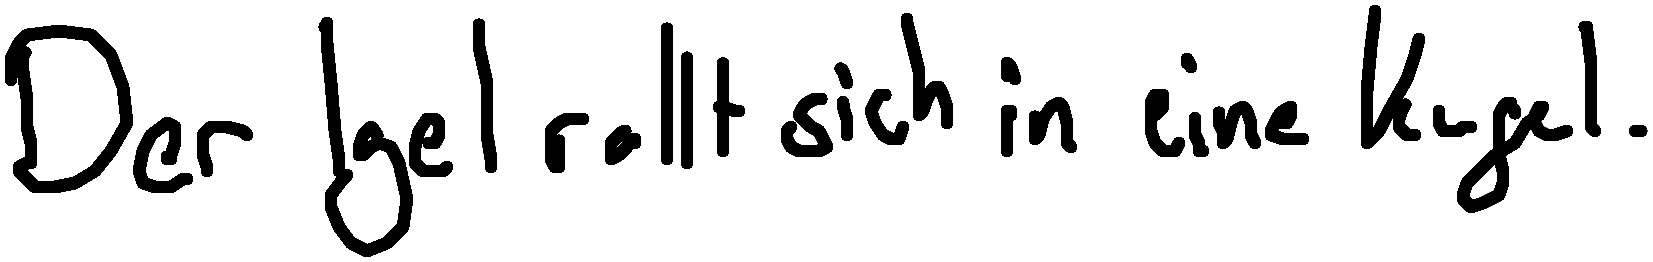
Der Igel rollt sich in eine Kugel.